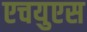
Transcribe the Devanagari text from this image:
एचयुएस